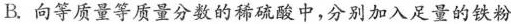
B.向等质量等质量分数的稀硫酸中，分别加入足量的铁粉